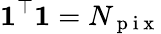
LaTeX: \mathbf{1}^{\top}\mathbf{1}=N_{\mathrm{~p~i~x~}}